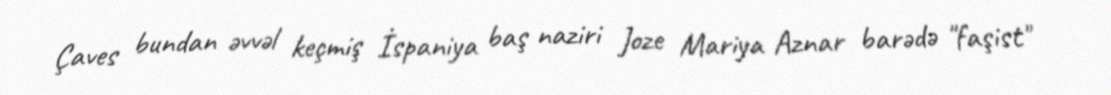
Çaves bundan əvvəl keçmiş İspaniya baş naziri Joze Mariya Aznar barədə "faşist"